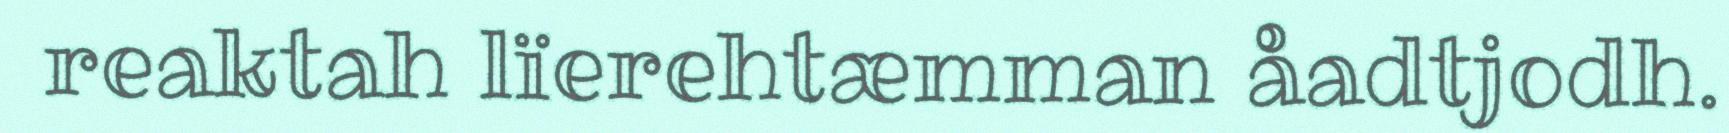
reaktah lïerehtæmman åadtjodh.